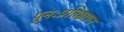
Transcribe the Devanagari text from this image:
पुनःप्रतिष्ठापन